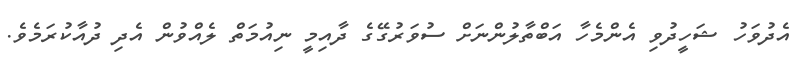
އެދުވަހު ޝަހީދުވި އެންމެހާ އަބްތާލުންނަށް ސުވަރުގޭގެ ދާއިމީ ނިއުމަތް ލެއްވުން އެދި ދުއާކުރަމެވެ.